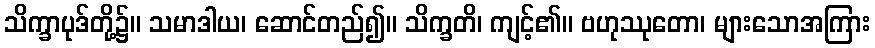
သိက္ခာပုဒ်တို့၌။ သမာဒါယ၊ ဆောင်တည်၍။ သိက္ခတိ၊ ကျင့်၏။ ဗဟုဿုတော၊ များသောအကြား